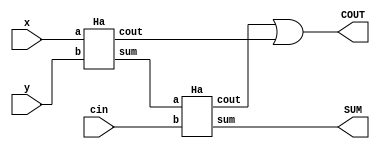
`timescale 1ns / 1ps
//////////////////////////////////////////////////////////////////////////////////
// Company: 
// Engineer: 
// 
// Design Name: 
// Module Name: Fa_Ha
// Project Name: 
// Target Devices: 
// Tool Versions: 
// Description: 
// 
// Dependencies: 
// 
// Revision:
// Revision 0.01 - File Created
// Additional Comments:
// 
//////////////////////////////////////////////////////////////////////////////////


module Fa_Ha(
input x,y,cin, output SUM,COUT
    );
wire s1,c1,W1;
Ha HA1(x,y,s1,c1);
Ha HA2(s1,cin,SUM,W1);
or(COUT,W1,c1);
endmodule

module Ha( input a,b, output sum, cout);  
   assign sum=a^b;
   assign cout=a*b; 
endmodule